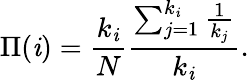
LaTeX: \Pi(\mathit{i})={\frac{{k_{\mathit{i}}}}{{N}}}{\frac{{\sum_{j=1}^{k_{\mathit{i}}}{\frac{{1}}{{k_{j}}}}}}{{k_{\mathit{i}}}}}.